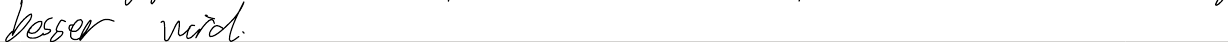
besser wird.